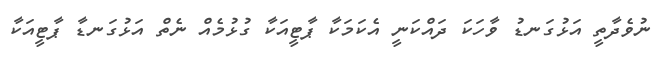
ނުވެދާތީ އަޅުގަނޑު ވާހަކަ ދައްކަނީ އެކަމަކާ ޕާޓީއަކާ ގުޅުމެއް ނެތް އަޅުގަނޑާ ޕާޓީއަކާ